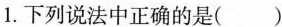
1.下列说法中正确的是( )